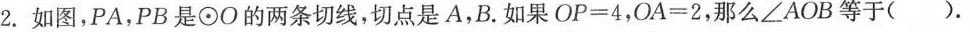
2.如图，PA，PB是O的两条切线，切点是A，B.如果$$OP=4$$，$$OA=2$$，那么\angle AOB等于( )。